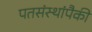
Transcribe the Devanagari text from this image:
पतसंस्थांपैकी